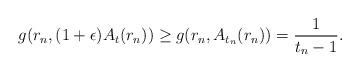
LaTeX: \begin{align*} g(r_n, (1+\epsilon)A_t(r_n))\geq g(r_n, A_{t_n}(r_n))=\frac{1}{t_n-1}.\end{align*}